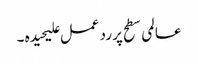
عالمی سطح پر رد عمل علیحیدہ ۔